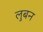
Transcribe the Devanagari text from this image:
लुबन